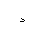
Letter: _thal